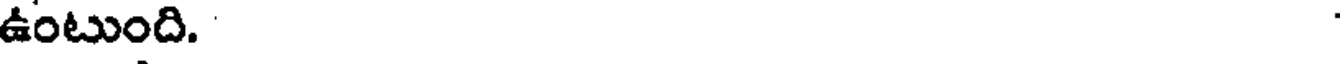
ఉంటుంది.